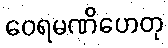
ဝေရမဏိဟေတု